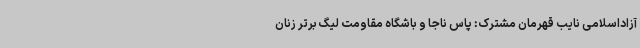
آزاداسلامی نایب قهرمان مشترک: پاس ناجا و باشگاه مقاومت لیگ برتر زنان